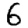
Digit: 6